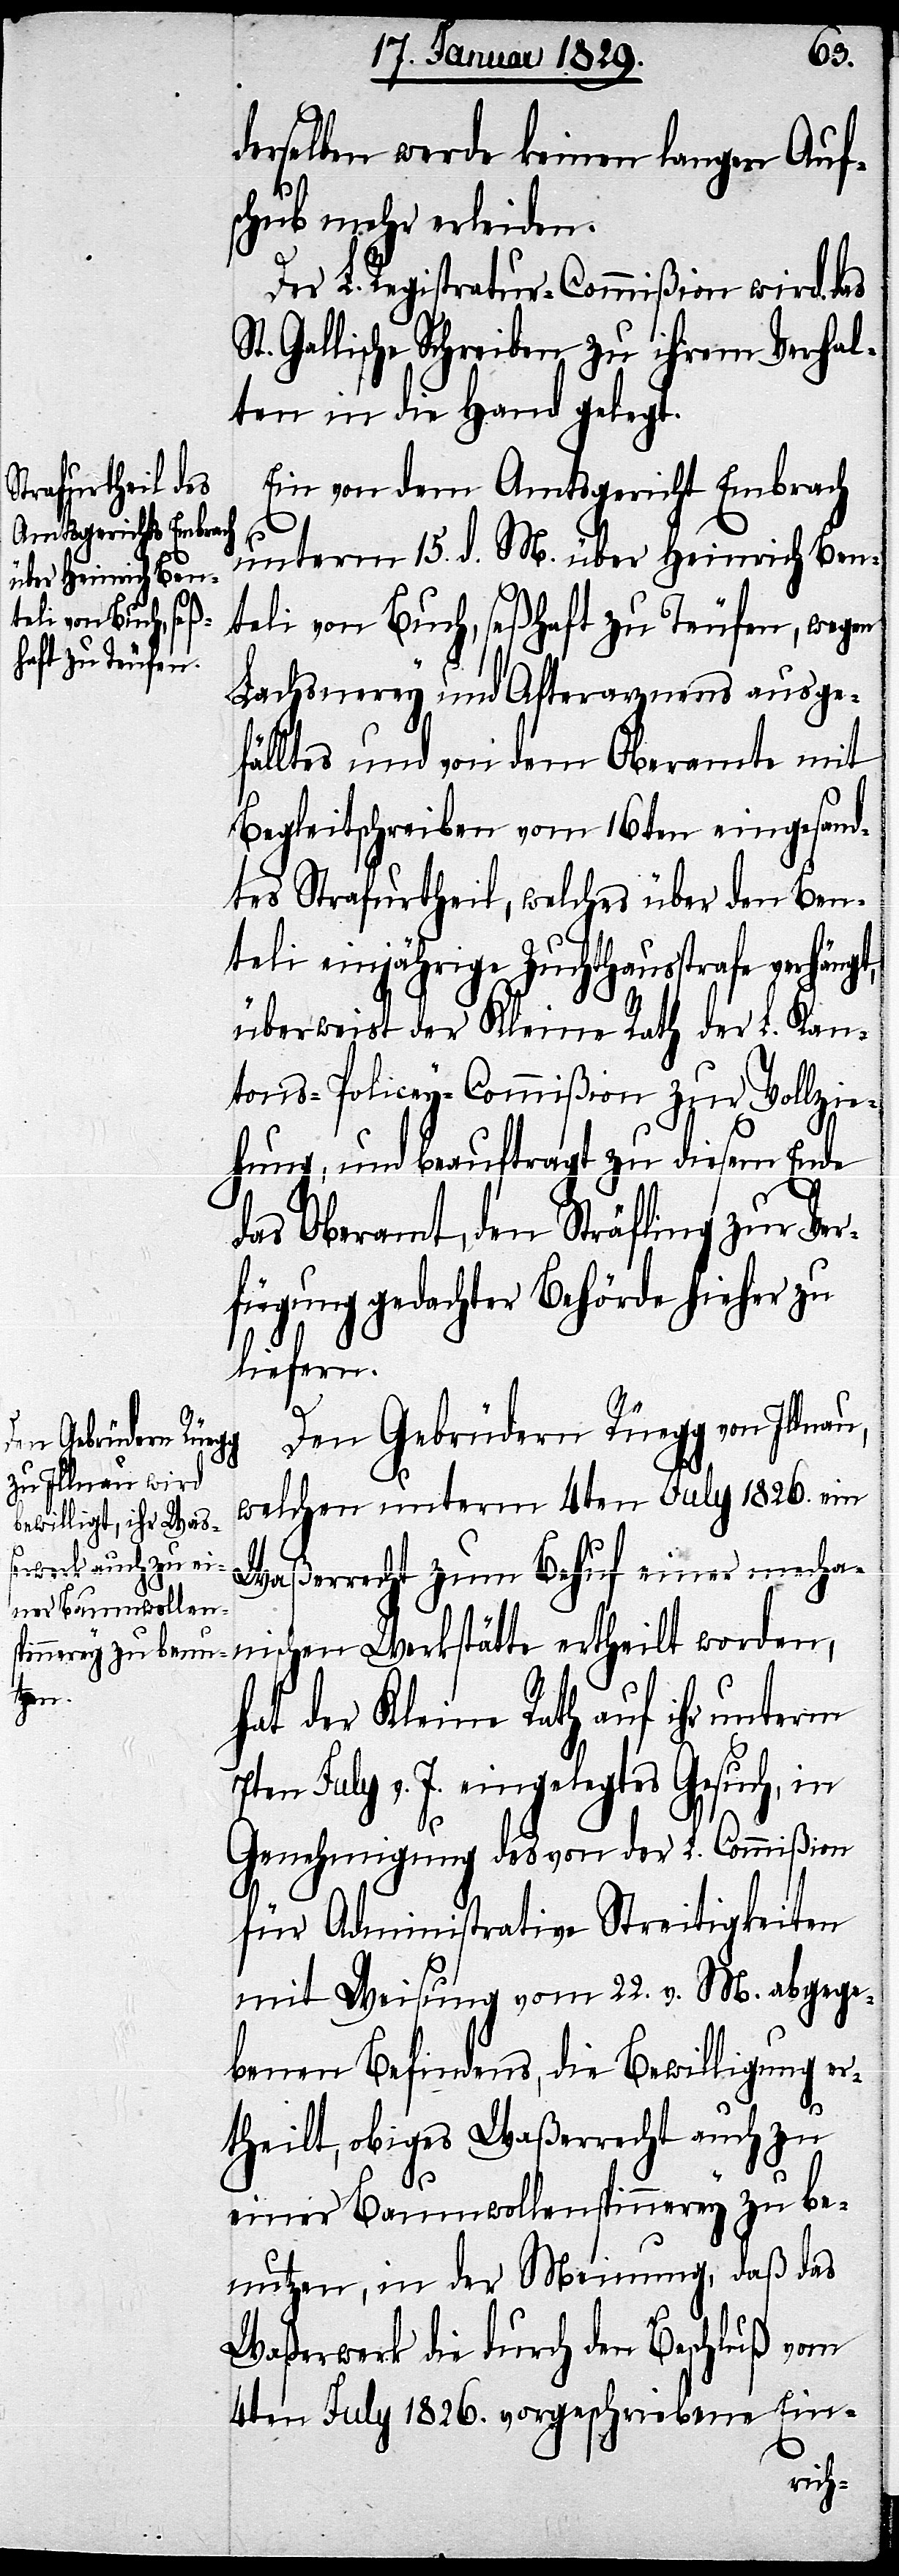
derselben werde keinen langen Auf¬
schub mehr erleiden.
Der L. Registratur-Commißion wird das
t. Gallische Schreiben zu ihrem Verhal¬
ten in die Hand gelegt.
Ein von dem Amtsgericht Embrach
t,
unterm 15. d. M. über Heinrich Ben¬
teli von Buch, seßhaft zu Teufen, wegen
Lachsnerey und Afterarznens ausge¬
fälltes und von dem Oberamte mit
Begleitschreiben vom 16ten eingesand¬
tes Strafurtheil, welches über den Ben¬
teli einjährige Zuchthausstrafe verhäng¬
überweist der Kleine Rath der L. Kan¬
tons-Policey-Commißion zur Vollzi¬
ehung, und beauftragt zu diesem Ende
das Oberamt, den Sträfling zur Ver¬
fügung gedachter Behörde hieher zu
liefern.
Den Gebrüdern Rüegg von
welchen unterm 4ten July 1826. ein
Waßerrecht zum Behuf einer mecha¬
nischen Werkstätte ertheilt worden,
hat der Kleine Rath auf ihr unterm
7ten July v. J. eingelegtes Gesuch, in
Genehmigung des von der L. Commißion
für Administrative Streitigkeiten
mit Weisung vom 22. v. M. abgege¬
benen Befindens, die Bewilligung er¬
theilt, obiges Waßerrecht auch zu
einer Baumwollenspinnerey zu be¬
nutzen, in der Meinung, daß das
Waßerwerk die durch den Beschluß vom
4ten July 1826. vorgeschriebene Ein-